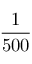
\frac { 1 } { 5 0 0 }